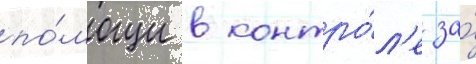
по́мощи в контро́л'е за́